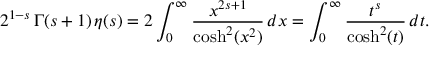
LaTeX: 2 ^ { 1 - s } \, \Gamma ( s + 1 ) \, \eta ( s ) = 2 \int _ { 0 } ^ { \infty } { \frac { x ^ { 2 s + 1 } } { \cosh ^ { 2 } ( x ^ { 2 } ) } } \, d x = \int _ { 0 } ^ { \infty } { \frac { t ^ { s } } { \cosh ^ { 2 } ( t ) } } \, d t .